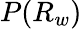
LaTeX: P(R_{w})